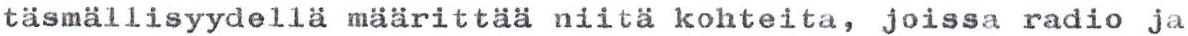
täsmällisyydellä määrittää niitä kohteita, joissa radio ja